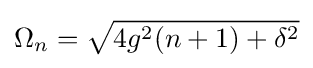
\Omega _{n}={\sqrt {4g^{2}(n+1)+\delta ^{2}}}